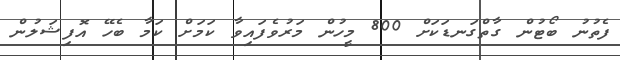
ފެތުނު ބޯޓުން ގާތްގަނޑަކަށް 800 މީހުން މަރުވެފައިވާ ކަމަށް ކަމާ ބެހޭ އޮފިޝަލުން